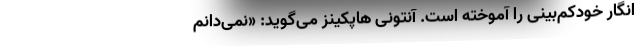
انگار خودکم‌بینی را آموخته است. آنتونی هاپکینز می‌گوید: «نمی‌دانم